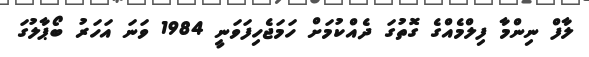
ލާފް ނިންމާ ފިލްމެއްގެ ގޮތުގަ ދެއްކުމަށް ހަމަޖެހިފަވަނީ 1984 ވަނަ އަހަރު ބޯޕާލުގަ